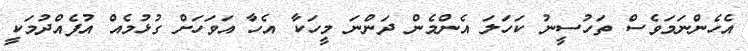
އެހެންނަމަވެސް ތަހުސީނު ކަހަލަ އެންމެން ދަންނަ މީހަކާ އެހާ އަވަހަށް ގުޅުމެއް އުފެއްދުމަކީ